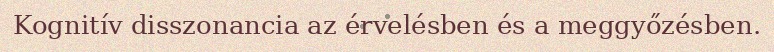
Kognitív disszonancia az érvelésben és a meggyőzésben.